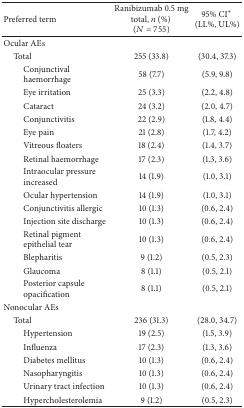
<table><thead><tr><td><b>Preferred term</b></td><td><b>Ranibizumab 0.5 mg total, <i>n</i> (%) (<i>N</i> = 755) </b></td><td><b>95% CI* (LL%, UL%)</b></td></tr></thead><tbody><tr><td>Ocular AEs</td><td> </td><td> </td></tr><tr><td> Total</td><td>255 (33.8)</td><td>(30.4, 37.3)</td></tr><tr><td>Conjunctivalhaemorrhage</td><td>58 (7.7)</td><td>(5.9, 9.8)</td></tr><tr><td>Eye irritation</td><td>25 (3.3)</td><td>(2.2, 4.8)</td></tr><tr><td>Cataract</td><td>24 (3.2)</td><td>(2.0, 4.7)</td></tr><tr><td>Conjunctivitis</td><td>22 (2.9)</td><td>(1.8, 4.4)</td></tr><tr><td>Eye pain</td><td>21 (2.8)</td><td>(1.7, 4.2)</td></tr><tr><td>Vitreous floaters</td><td>18 (2.4)</td><td>(1.4, 3.7)</td></tr><tr><td>Retinal haemorrhage</td><td>17 (2.3)</td><td>(1.3, 3.6)</td></tr><tr><td>Intraocular pressureincreased</td><td>14 (1.9)</td><td>(1.0, 3.1)</td></tr><tr><td>Ocular hypertension</td><td>14 (1.9)</td><td>(1.0, 3.1)</td></tr><tr><td>Conjunctivitis allergic</td><td>10 (1.3)</td><td>(0.6, 2.4)</td></tr><tr><td>Injection site discharge</td><td>10 (1.3)</td><td>(0.6, 2.4)</td></tr><tr><td>Retinal pigmentepithelial tear</td><td>10 (1.3)</td><td>(0.6, 2.4)</td></tr><tr><td>Blepharitis</td><td>9 (1.2)</td><td>(0.5, 2.3)</td></tr><tr><td>Glaucoma</td><td>8 (1.1)</td><td>(0.5, 2.1)</td></tr><tr><td>Posterior capsuleopacification</td><td>8 (1.1)</td><td>(0.5, 2.1)</td></tr><tr><td>Nonocular AEs</td><td> </td><td> </td></tr><tr><td> Total</td><td>236 (31.3)</td><td>(28.0, 34.7)</td></tr><tr><td>Hypertension</td><td>19 (2.5)</td><td>(1.5, 3.9)</td></tr><tr><td>Influenza</td><td>17 (2.3)</td><td>(1.3, 3.6)</td></tr><tr><td>Diabetes mellitus</td><td>10 (1.3)</td><td>(0.6, 2.4)</td></tr><tr><td>Nasopharyngitis</td><td>10 (1.3)</td><td>(0.6, 2.4)</td></tr><tr><td>Urinary tract infection</td><td>10 (1.3)</td><td>(0.6, 2.4)</td></tr><tr><td>Hypercholesterolemia</td><td>9 (1.2)</td><td>(0.5, 2.3)</td></tr></tbody></table>